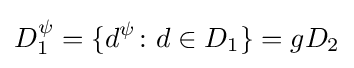
D_{1}^{\psi }=\{d^{\psi }\colon d\in D_{1}\}=gD_{2}